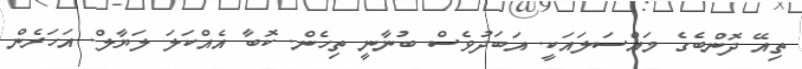
ތިއޭ ދޮންބެގެ މައްސަލައަކީ. އަބަދުވެސް ބުނާނީ ތިހެން. ކޮބާ އެއްކަލަ ލަޔާލް. އަހަރެން